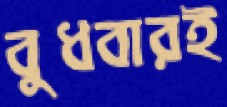
বুধবারই